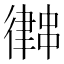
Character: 𢖀